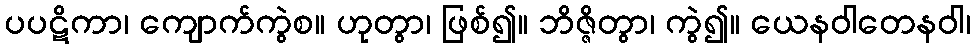
ပပဋိကာ၊ ကျောက်ကွဲစ။ ဟုတွာ၊ ဖြစ်၍။ ဘိဇ္ဇိတွာ၊ ကွဲ၍။ ယေနဝါတေနဝါ၊